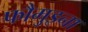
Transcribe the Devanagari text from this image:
फौमुइना